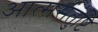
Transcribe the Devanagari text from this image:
आत्मसंतुष्टि